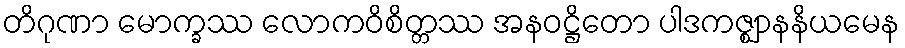
တိဂုဏာ မောက္ခဿ လောကဝိစိတ္တဿ အနဝဋ္ဌိတော ပါဒကဇ္ဈာနနိယမေန